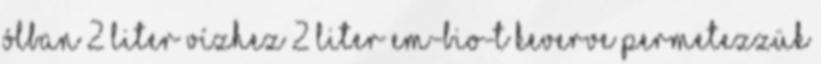
ólban 2 liter vízhez 2 liter EM-BIO-t keverve permetezzük